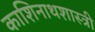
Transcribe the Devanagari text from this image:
काशिनाथशास्त्री